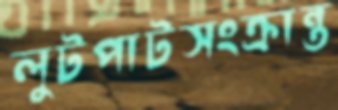
লুটপাটসংক্রান্ত